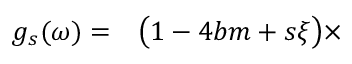
\begin{array} { r l } { g _ { s } ( \omega ) = } & { { } \big ( 1 - 4 b m + s \xi \big ) \times } \end{array}